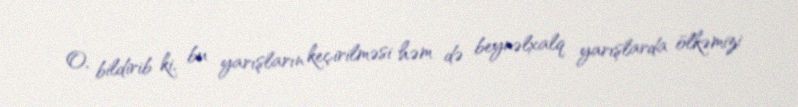
O, bildirib ki, bu yarışların keçirilməsi həm də beynəlxalq yarışlarda ölkəmizi